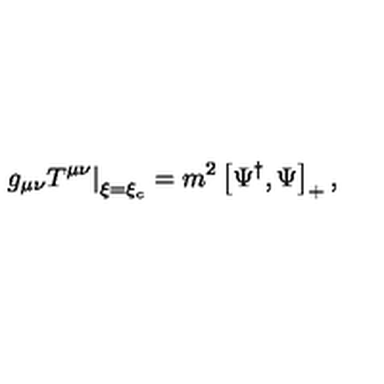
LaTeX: \left. g _ { \mu \nu } T ^ { \mu \nu } \right| _ { \xi = \xi _ { c } } = m ^ { 2 } \left[ \Psi ^ { \dag } , \Psi \right] _ { + } ,